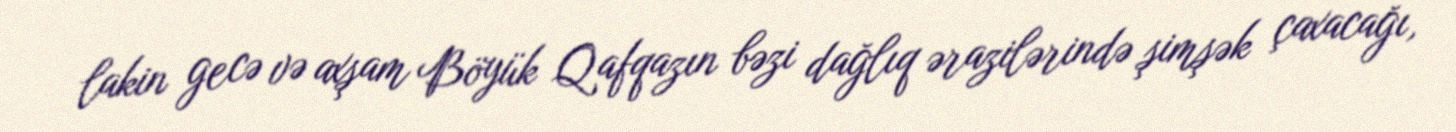
lakin gecə və axşam Böyük Qafqazın bəzi dağlıq ərazilərində şimşək çaxacağı,